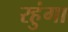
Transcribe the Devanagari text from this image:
रहुंगा